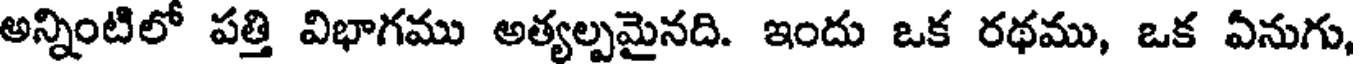
అన్నింటిలో పత్తి విభాగము అత్యల్పమైనది. ఇందు ఒక రథము, ఒక ఏనుగు,